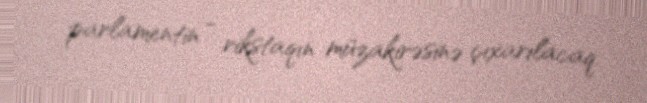
parlamentin - rikstaqın müzakirəsinə çıxarılacaq.